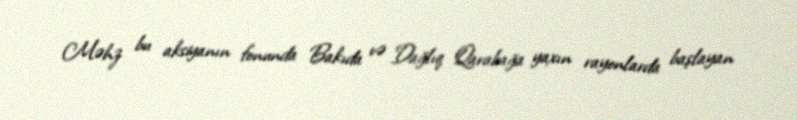
Məhz bu aksiyanın fonunda Bakıda və Dağlıq Qarabağa yaxın rayonlarda başlayan